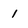
Character: 1